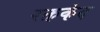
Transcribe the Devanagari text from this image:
रक्तकंद